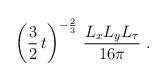
LaTeX: \begin{align*}\left(\frac{3}{2}\,t\right)^{-{2\over 3}}\, \frac{L_x L_y L_\tau}{16\pi}\ .\end{align*}